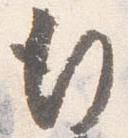
行